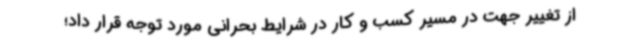
از تغییر جهت در مسیر کسب و کار در شرایط بحرانی مورد توجه قرار داد؛